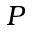
P